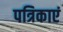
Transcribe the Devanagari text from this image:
पत्रिकाएं